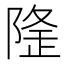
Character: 𨺼